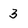
Character: 3